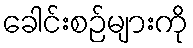
ခေါင်းစဉ်များကို